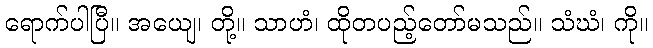
ရောက်ပါပြီ။ အယျေ၊ တို့။ သာဟံ၊ ထိုတပည့်တော်မသည်။ သံဃံ၊ ကို။